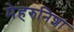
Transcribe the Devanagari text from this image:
मेहरुनिशा